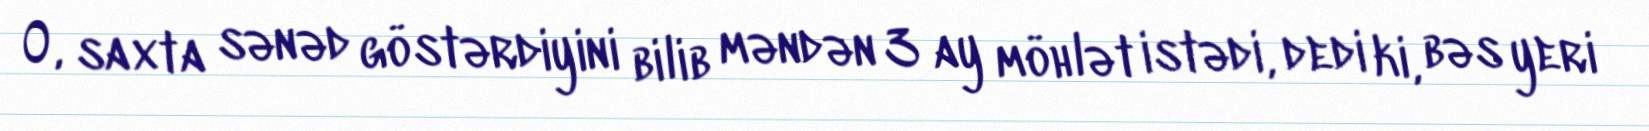
O, saxta sənəd göstərdiyini bilib məndən 3 ay möhlət istədi, dedi ki, bəs yeri